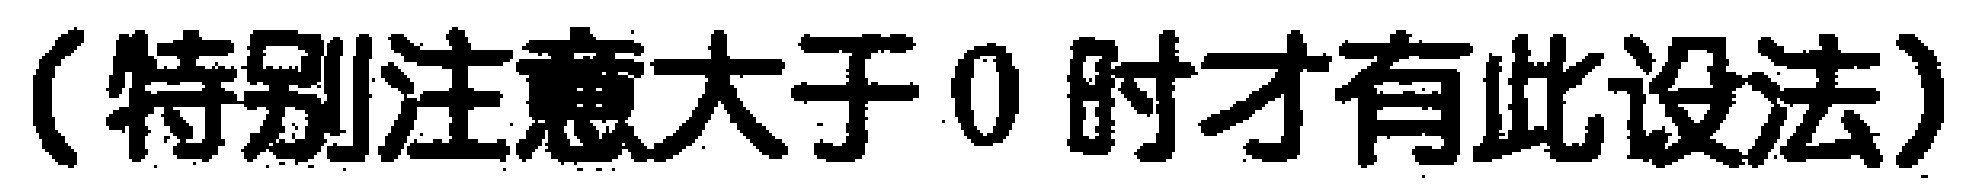
（特别注意大于0时才有此设法）